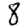
Digit: 8